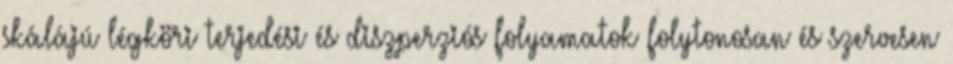
skálájú légköri terjedési és diszperziós folyamatok folytonosan és szervesen